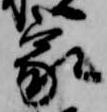
家